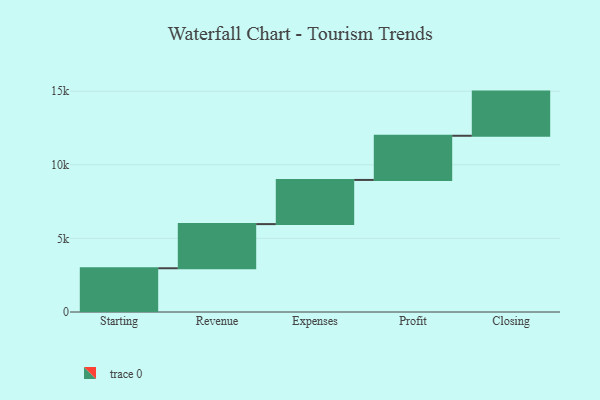
{"axis": {"x": "Step", "y": "Value"}, "legend": [""], "data": [{"x": "Starting", "y": 2971.0, "type": ""}, {"x": "Revenue", "y": 3000, "type": ""}, {"x": "Expenses", "y": 3000, "type": ""}, {"x": "Profit", "y": 3000, "type": ""}, {"x": "Closing", "y": 3000, "type": ""}]}